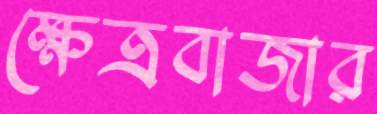
ক্ষেত্রবাজার